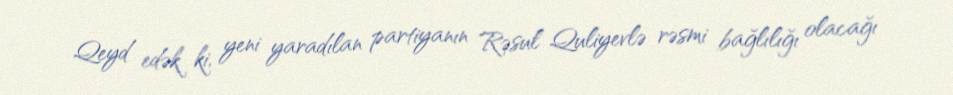
Qeyd edək ki, yeni yaradılan partiyanın Rəsul Quliyevlə rəsmi bağlılığı olacağı